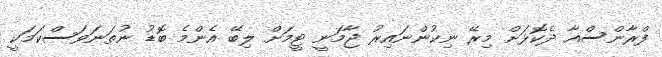
ފްރާންސްއާ ދެކޮޅަށް މިރޭ ނިކުންނައިރު ޖާމަނީ ޓީމަށް ލިބޭ އެންމެ ބޮޑު ނުތަނަވަސްކަމަކީ